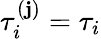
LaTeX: \tau_{i}^{(\mathbf{j})}=\tau_{i}